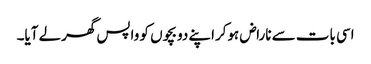
اسی بات سے ناراض ہوکراپنے دو بچوں کو واپس گھرلے آیا۔